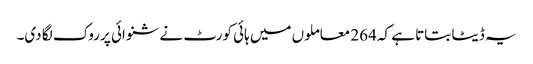
یہ ڈیٹا بتاتا ہے کہ 264 معاملوں میں ہائی کورٹ نے شنوائی پر روک لگا دی۔